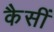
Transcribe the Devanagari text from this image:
कैसीं